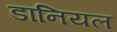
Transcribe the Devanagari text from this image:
डानियल